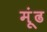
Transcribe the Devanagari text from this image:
मूंढ